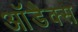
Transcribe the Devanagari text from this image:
आॅडैक्स